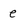
Character: e